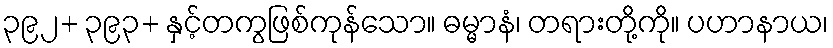
၃၉၂+ ၃၉၃+ နှင့်တကွဖြစ်ကုန်သော။ ဓမ္မာနံ၊ တရားတို့ကို။ ပဟာနာယ၊